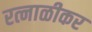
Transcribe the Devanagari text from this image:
रत्नाळीकर